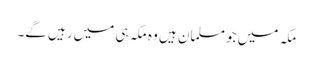
مکہ میں جو مسلمان ہیں وہ مکہ ہی میں رہیں گے۔